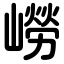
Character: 嶗